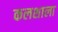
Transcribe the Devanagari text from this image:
कलशाला